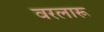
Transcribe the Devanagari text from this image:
वरलारू